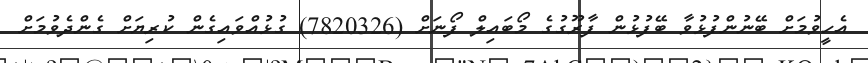
އެހީވުމަށް ބޭނުންފުޅުވާ ބޭފުޅުން ފާރޫގުގެ މޯބައިލް ފޯނަށް (7820326) ގުޅުއްވައިގެން ކުރިޔަށް ގެންދެވުމަށް